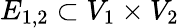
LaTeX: E_{1,2}\subset V_{1}\times V_{2}